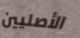
الأصليين